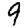
Digit: 9